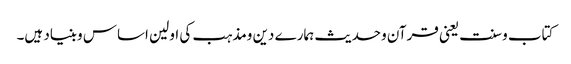
کتاب وسنت یعنی قرآن وحدیث ہمارے دین ومذہب کی اولین اساس وبنیاد ہیں۔